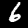
Digit: 6